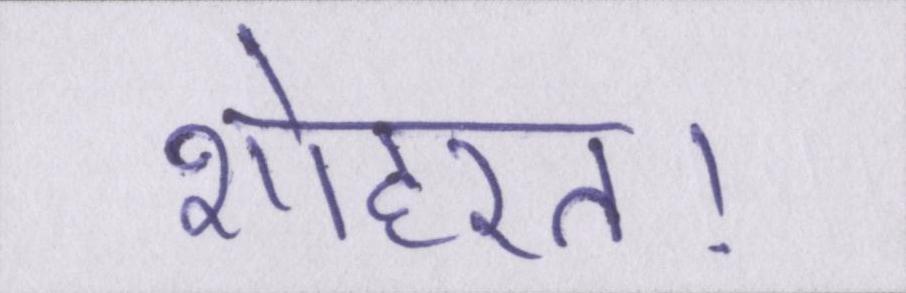
शोहरत।